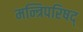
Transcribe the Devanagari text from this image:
मन्त्रिपरिषद्‍